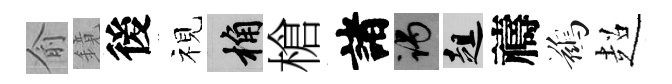
俞鏡後视桷槍諸谒趄禱鷀超